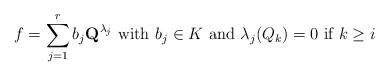
LaTeX: \begin{align*}f=\sum_{j=1}^rb_j \textbf{Q}^{\lambda_j}\mbox{ with $b_j\in K$ and }\lambda_j(Q_k)=0\mbox{ if }k\geq i\end{align*}